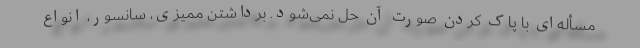
مسأله‌ای با پاک کردن صورت آن حل نمی‌شود. برداشتن ممیزی، سانسور، انواع